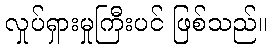
လှုပ်ရှားမှုကြီးပင် ဖြစ်သည်။